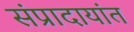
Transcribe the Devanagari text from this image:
संप्रादायांत